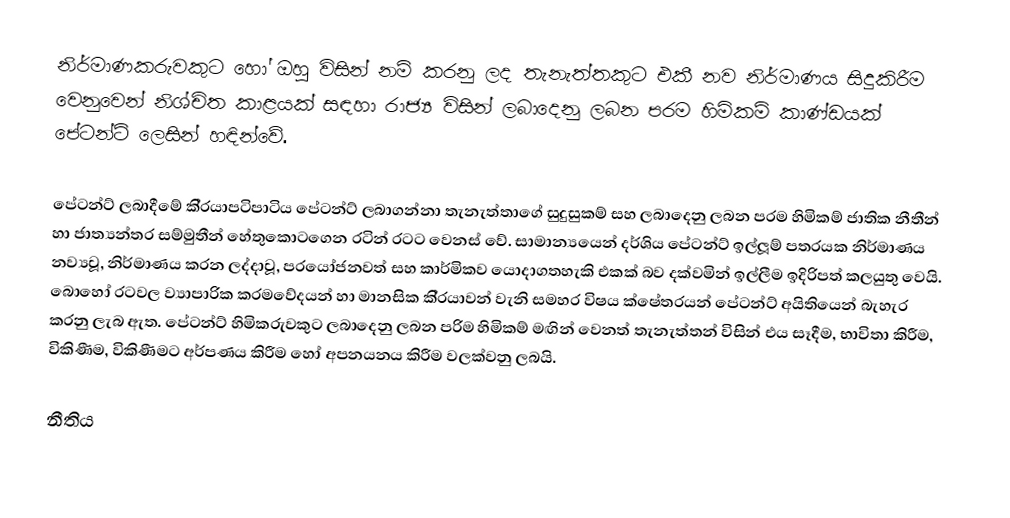
නිර්මාණකරුවකුට හෝ ඔහු විසින් නම් කරනු ලද තැනැත්තකුට එකී නව නිර්මාණය සිදුකිරීම වෙනුවෙන් නිශ්චිත කාළයක් සඳහා රාජ්‍ය විසින් ලබාදෙනු ලබන පරම හිමිකම් කාණ්ඩයක් පේටන්ට් ලෙසින් හඳින්වේ.

පේටන්ට් ලබාදීමේ කි‍්‍රයාපටිපාටිය පේටන්ට් ලබාගන්නා තැනැත්තාගේ සුදුසුකම් සහ ලබාදෙනු ලබන පරම හිමිකම් ජාතික නීතීන් හා ජාත්‍යන්තර සම්මුතීන් හේතුකොටගෙන රටින් රටට වෙනස් වේ. සාමාන්‍යයෙන් දර්ශිය පේටන්ට් ඉල්ලූම් පත‍්‍රයක නිර්මාණය නව්‍යවූ, නිර්මාණය කරන ලද්දාවූ, ප‍්‍රයෝජනවත් සහ කාර්මිකව යොදාගතහැකි එකක් බව දක්වමින් ඉල්ලීම ඉදිරිපත් කලයුතු වෙයි. බොහෝ රටවල ව්‍යාපාරික ක‍්‍රමවේදයන් හා මානසික කි‍්‍රයාවන් වැනි සමහර විෂය ක්ෂේත‍්‍රයන් පේටන්ට් අයිතියෙන් බැහැර කරනු ලැබ ඇත. පේටන්ට් හිමිකරුවකුට ලබාදෙනු ලබන පරිම හිමිකම් මඟින් වෙනත් තැනැත්තන් විසින් එය සෑදීම, භාවිතා කිරීම, විකිණීම, විකිණීමට අර්පණය කිරීම හෝ අපනයනය කිරීම වලක්වනු ලබයි.

 නීතිය